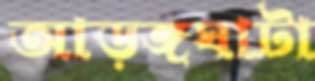
আড়ঙ্গঘাটা